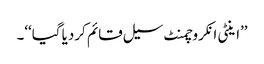
’’اینٹی انکروچمنٹ سیل قائم کردیا گیا‘‘۔